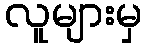
လူများမှ